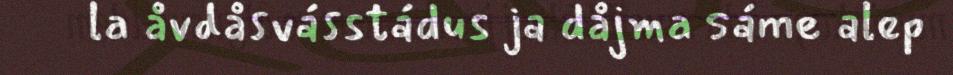
la åvdåsvásstádus ja dåjma sáme alep